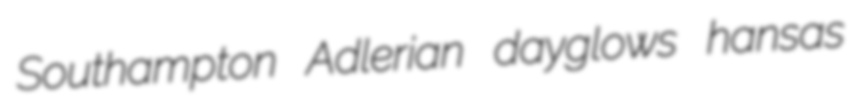
Southampton Adlerian dayglows hansas